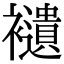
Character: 𧞸